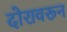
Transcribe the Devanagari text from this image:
दोरावरून